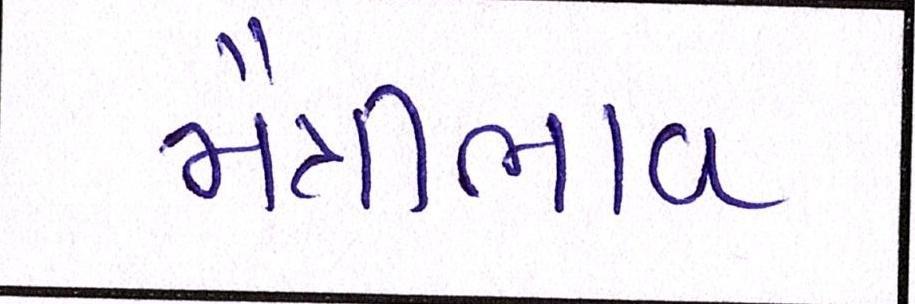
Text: મૈત્રીભાવ